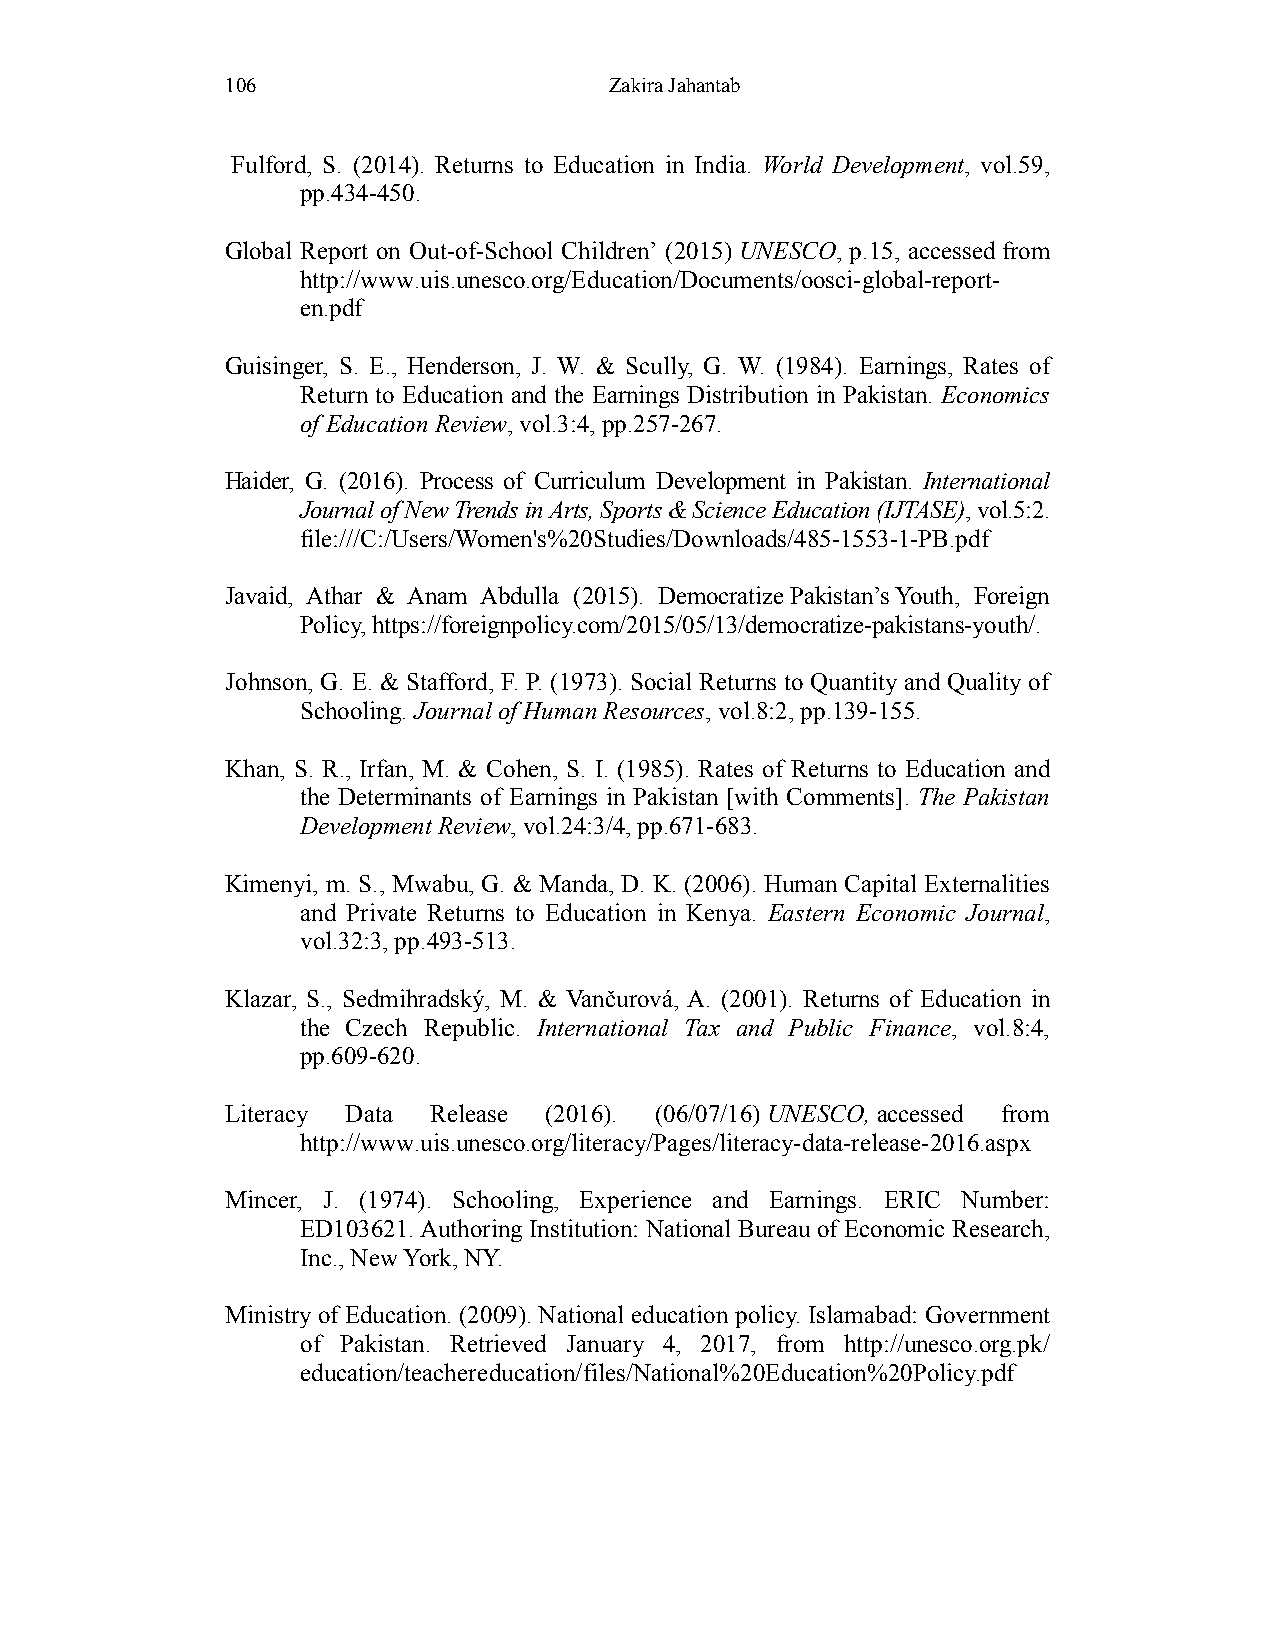
106                      Zakira Jahantab
 Fulford, S. (2014). Returns to Education in India. World Development, vol.59,
 pp.434-450.
 Global Report on Out-of-School Children’ (2015) UNESCO, p.15, accessed from
 http://www.uis.unesco.org/Education/Documents/oosci-global-report-
 en.pdf
 Guisinger, S. E., Henderson, J. W. & Scully, G. W. (1984). Earnings, Rates of
 Return to Education and the Earnings Distribution in Pakistan. Economics
 of Education Review, vol.3:4, pp.257-267.
 Haider, G. (2016). Process of Curriculum Development in Pakistan. International
 Journal of New Trends in Arts, Sports & Science Education (IJTASE), vol.5:2.
 file:///C:/Users/Women's%20Studies/Downloads/485-1553-1-PB.pdf
 Javaid, Athar & Anam Abdulla (2015). Democratize Pakistan’s Youth, Foreign
 Policy, https://foreignpolicy.com/2015/05/13/democratize-pakistans-youth/.
 Johnson, G. E. & Stafford, F. P. (1973). Social Returns to Quantity and Quality of
 Schooling. Journal of Human Resources, vol.8:2, pp.139-155.
 Khan, S. R., Irfan, M. & Cohen, S. I. (1985). Rates of Returns to Education and
 the Determinants of Earnings in Pakistan [with Comments]. The Pakistan
 Development Review, vol.24:3/4, pp.671-683.
 Kimenyi, m. S., Mwabu, G. & Manda, D. K. (2006). Human Capital Externalities
 and Private Returns to Education in Kenya. Eastern Economic Journal,
 vol.32:3, pp.493-513.
 Klazar, S., Sedmihradský, M. & Vančurová, A. (2001). Returns of Education in
 the Czech Republic. International Tax and Public Finance, vol.8:4,
 pp.609-620.
 Literacy Data Release (2016). (06/07/16) UNESCO, accessed from
 http://www.uis.unesco.org/literacy/Pages/literacy-data-release-2016.aspx
 Mincer, J. (1974). Schooling, Experience and Earnings. ERIC Number:
 ED103621. Authoring Institution: National Bureau of Economic Research,
 Inc., New York, NY.
 Ministry of Education. (2009). National education policy. Islamabad: Government
 of Pakistan. Retrieved January 4, 2017, from http://unesco.org.pk/
 education/teachereducation/files/National%20Education%20Policy.pdf